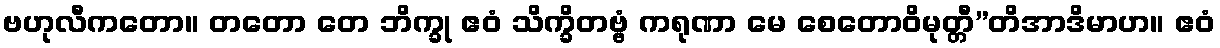
ဗဟုလီကတော။ တတော တေ ဘိက္ခု ဧဝံ သိက္ခိတဗ္ဗံ ကရုဏာ မေ စေတောဝိမုတ္တီ”တိအာဒိမာဟ။ ဧဝံ